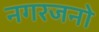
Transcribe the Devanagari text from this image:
नगरजनो